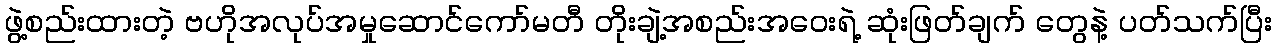
ဖွဲ့စည်းထားတဲ့ ဗဟိုအလုပ်အမှုဆောင်ကော်မတီ တိုးချဲ့အစည်းအဝေးရဲ့ ဆုံးဖြတ်ချက် တွေနဲ့ ပတ်သက်ပြီး